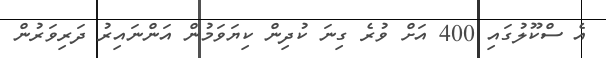
އެ ސްކޫލުގައި 400 އަށް ވުރެ ގިނަ ކުދިން ކިޔަވަމުން އަންނައިރު ދަރިވަރުން